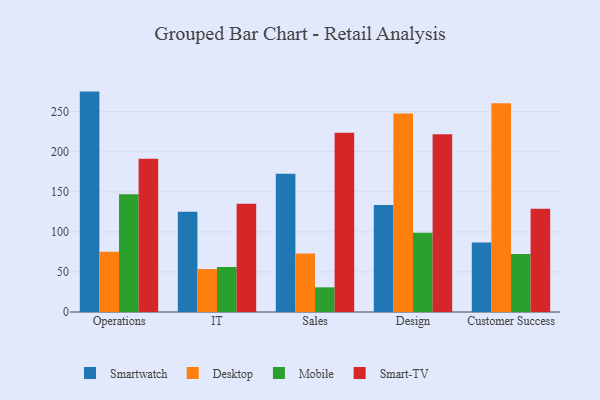
{"axis": {"x": "Department", "y": "Revenue (USD Million)"}, "legend": ["Desktop", "Mobile", "Smart-TV", "Smartwatch"], "data": [{"x": "Operations", "y": 275.2, "type": "Smartwatch"}, {"x": "Operations", "y": 75.3, "type": "Desktop"}, {"x": "Operations", "y": 147.1, "type": "Mobile"}, {"x": "Operations", "y": 191.5, "type": "Smart-TV"}, {"x": "IT", "y": 125.3, "type": "Smartwatch"}, {"x": "IT", "y": 53.6, "type": "Desktop"}, {"x": "IT", "y": 56.2, "type": "Mobile"}, {"x": "IT", "y": 135.2, "type": "Smart-TV"}, {"x": "Sales", "y": 172.6, "type": "Smartwatch"}, {"x": "Sales", "y": 73.0, "type": "Desktop"}, {"x": "Sales", "y": 30.8, "type": "Mobile"}, {"x": "Sales", "y": 223.9, "type": "Smart-TV"}, {"x": "Design", "y": 133.7, "type": "Smartwatch"}, {"x": "Design", "y": 247.8, "type": "Desktop"}, {"x": "Design", "y": 99.1, "type": "Mobile"}, {"x": "Design", "y": 221.9, "type": "Smart-TV"}, {"x": "Customer Success", "y": 86.7, "type": "Smartwatch"}, {"x": "Customer Success", "y": 260.8, "type": "Desktop"}, {"x": "Customer Success", "y": 72.5, "type": "Mobile"}, {"x": "Customer Success", "y": 128.8, "type": "Smart-TV"}]}